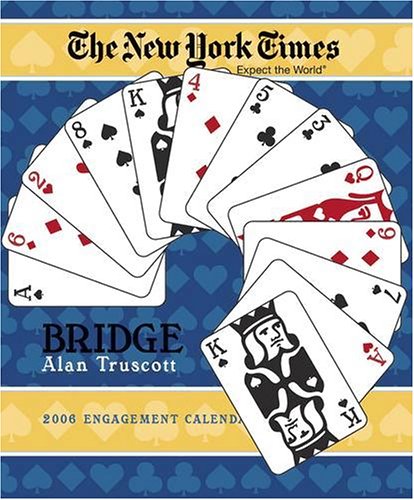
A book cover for The New York Times: 2006 (Bridge) Calendar; Alan Truscott; Calendars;